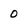
Character: 0